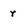
Character: r